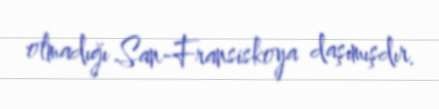
olmadığı San-Fransiskoya daşımışdır.